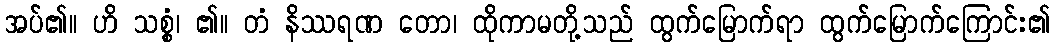
အပ်၏။ ဟိ သစ္စံ၊ ၏။ တံ နိဿရဏ တော၊ ထိုကာမတို့သည် ထွက်မြောက်ရာ ထွက်မြောက်ကြောင်း၏